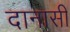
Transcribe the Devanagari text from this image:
दानासी